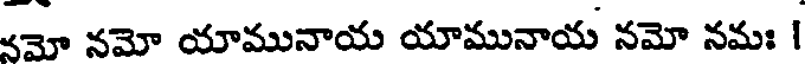
నమో నమో యామునాయ యామునాయ నమో నమః 1